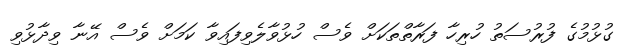
ގުޅުމުގެ ފުރުސަތު ހުރިހާ ފަރާތްތަކަށް ވެސް ހުޅުވާލެވިފައިވާ ކަމަށް ވެސް އޭނާ ވިދާޅުވި